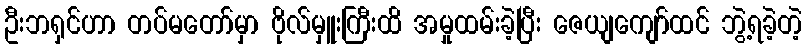
ဦးဘရှင်ဟာ တပ်မတော်မှာ ဗိုလ်မှူးကြီးထိ အမှုထမ်းခဲ့ပြီး ဇေယျကျော်ထင် ဘွဲ့ရခဲ့တဲ့